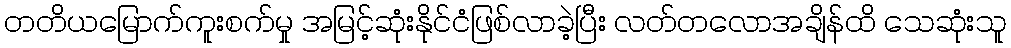
တတိယမြောက်ကူးစက်မှု အမြင့်ဆုံးနိုင်ငံဖြစ်လာခဲ့ပြီး လတ်တလောအချိန်ထိ သေဆုံးသူ